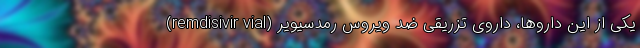
یکی از این داروها، داروی تزریقی ضد ویروس رمدسیویر (remdisivir vial)